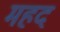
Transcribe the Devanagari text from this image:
महद